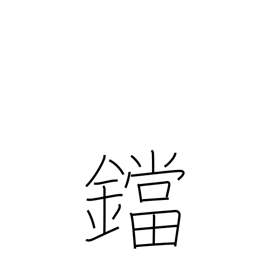
Meaning: flatiron